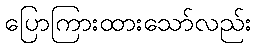
ပြောကြားထားသော်လည်း